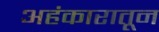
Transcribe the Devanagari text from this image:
अहंकारातून